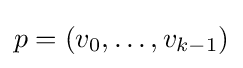
p=(v_{0},\ldots ,v_{k-1})